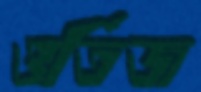
ওর্তিজ